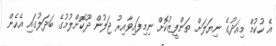
އެ ހުކުމް މިއަދުގެ ނިޔަލަށް ތަންފީޒުކޮށް ނިމިފައިވާއިރު ޖަލުން ދޫކޮށްލުމުގެ ބަދަލުގައި އެހެން